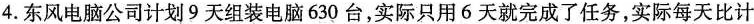
4. 东风电脑公司计划 9 天组装电脑 630 台，实际只用 6 天就完成了任务，实际每天比计